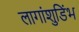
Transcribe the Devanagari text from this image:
लागांशुडिंभ